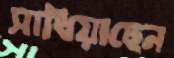
সাধিয়াছেন